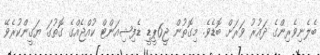
ބެލެނިވެރިންގެ ދައުރު ވަރަށް ބޮޑެވެ. މިގޮތުން ޖީ6ޕީޑީ ޑެފިޝިއަންޓް ކުއްޖެއްގެ ގޮތުގަ ޔަގީންކުރެވޭ